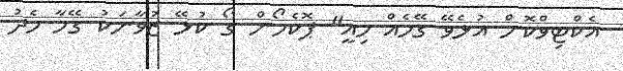
އެކްޓިވްކޮށް އުޅެވޭ ގޭމެއް މިއީ" ޕޮކެމޯން ގޯ ކުޅޭ ޒުވާނަކު ގޭމާ މެދު